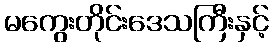
မကွေးတိုင်းဒေသကြီးနှင့်